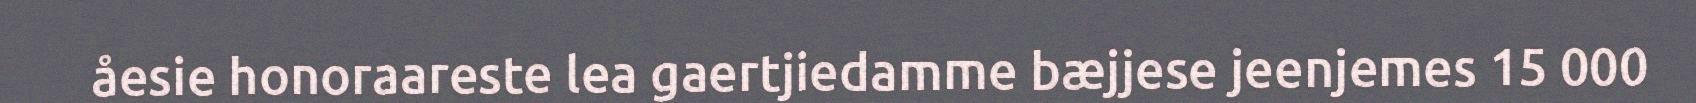
åesie honoraareste lea gaertjiedamme bæjjese jeenjemes 15 000